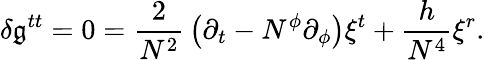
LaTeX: \delta\mathfrak{g}^{tt}=0={\frac{{2}}{{N^{2}}}}\left(\partial_{t}-N^{\phi}\partial_{\phi}\right)\xi^{t}+{\frac{{h}}{{N^{4}}}}\xi^{r}.